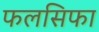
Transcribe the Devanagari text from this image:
फलसिफा